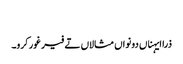
‏
ذرا ایہناں دونواں مثالاں تے فیر غور کرو۔